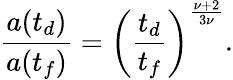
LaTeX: \frac{a(t_{d})}{a(t_{f})}=\left(\frac{t_{d}}{t_{f}}\right)^{\frac{\nu+2}{3\nu}}.